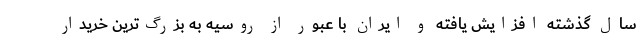
سال گذشته افزایش یافته و ایران با عبور از روسیه به بزرگ‌ترین خریدار